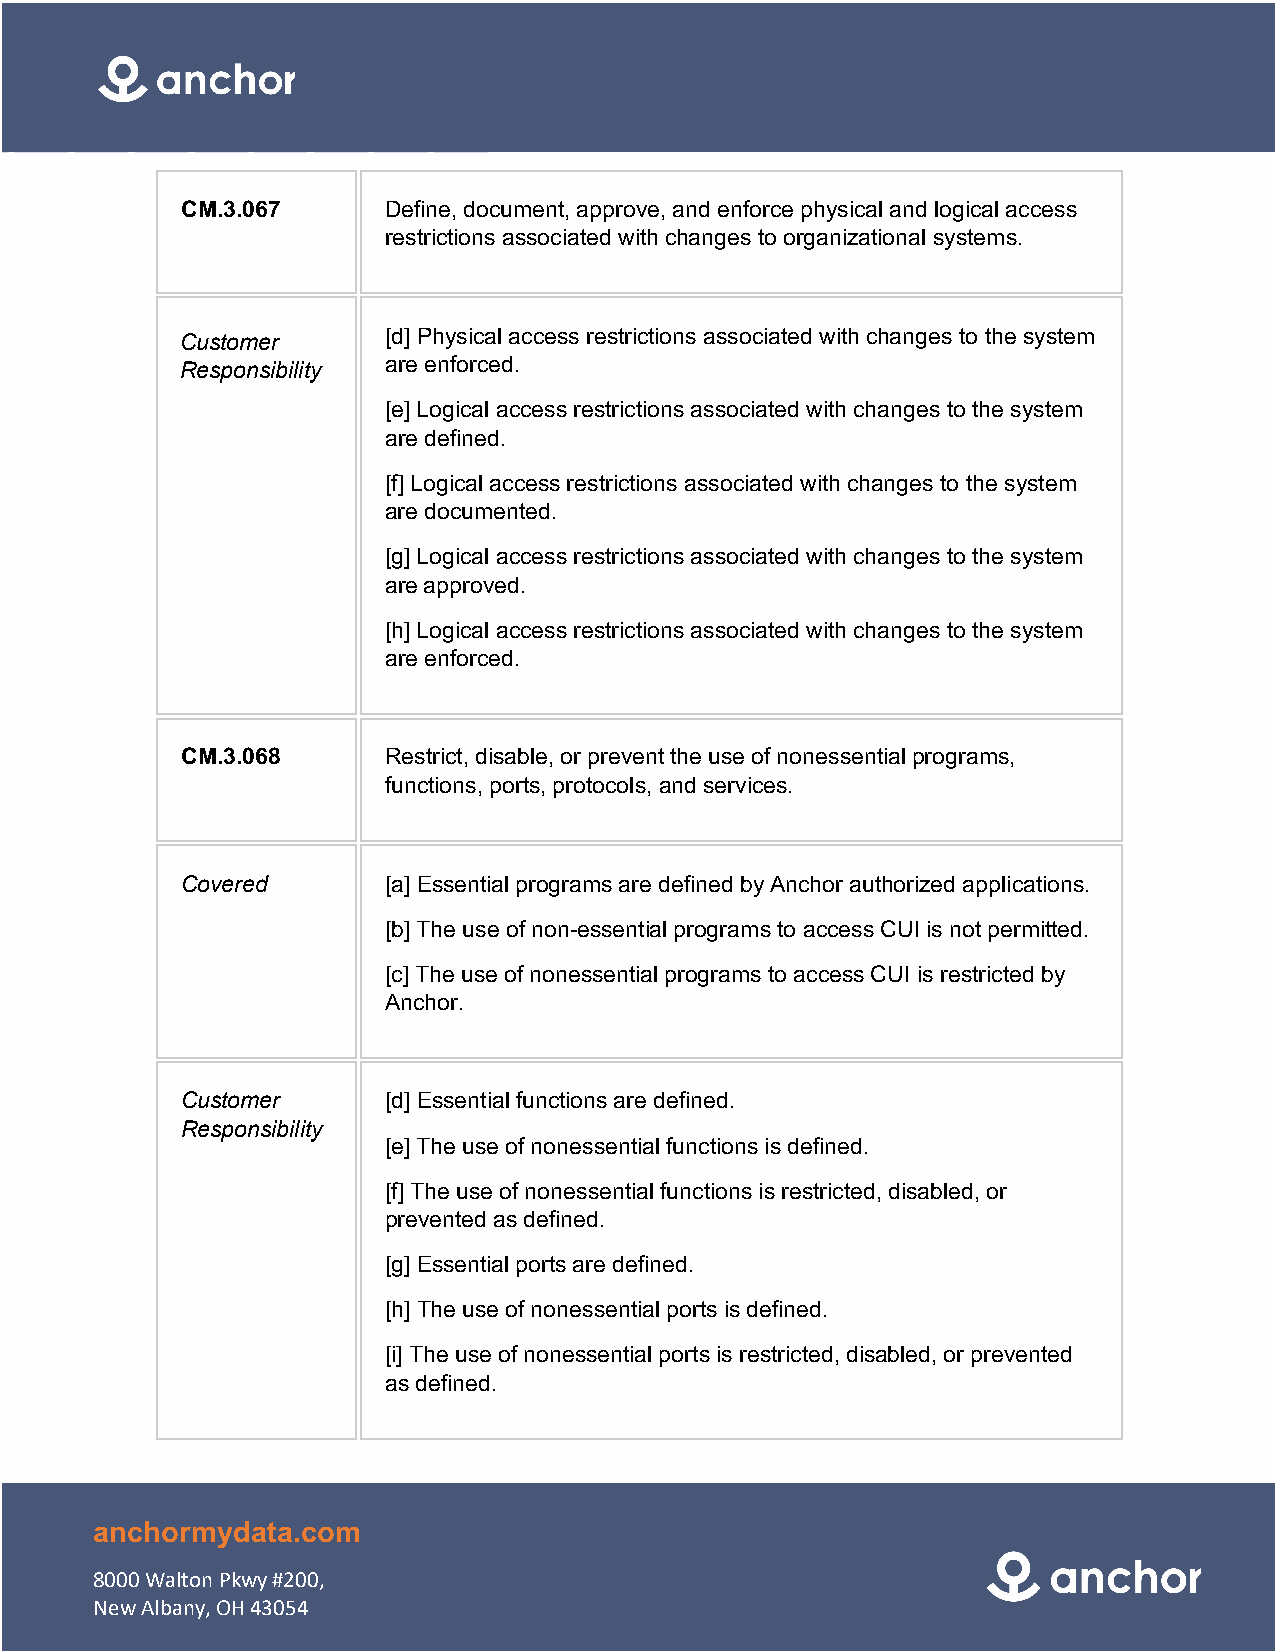
CM.3.067     Define, document, approve, and enforce physical and logical access
 restrictions associated with changes to organizational systems.
 [d] Physical access restrictions associated with changes to the system
 Customer
 are enforced.
 Responsibility
 [e] Logical access restrictions associated with changes to the system
 are defined.
 [f] Logical access restrictions associated with changes to the system
 are documented.
 [g] Logical access restrictions associated with changes to the system
 are approved.
 [h] Logical access restrictions associated with changes to the system
 are enforced.
 CM.3.068     Restrict, disable, or prevent the use of nonessential programs,
 functions, ports, protocols, and services.
 Covered      [a] Essential programs are defined by Anchor authorized applications.
 [b] The use of non-essential programs to access CUI is not permitted.
 [c] The use of nonessential programs to access CUI is restricted by
 Anchor.
 Customer     [d] Essential functions are defined.
 Responsibility
 [e] The use of nonessential functions is defined.
 [f] The use of nonessential functions is restricted, disabled, or
 prevented as defined.
 [g] Essential ports are defined.
 [h] The use of nonessential ports is defined.
 [i] The use of nonessential ports is restricted, disabled, or prevented
 as defined.
 anchormydata.com
 8000 Walton Pkwy #200,
 New Albany, OH 43054